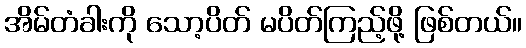
အိမ်တံခါးကို သော့ပိတ် မပိတ်ကြည့်ဖို့ ဖြစ်တယ်။